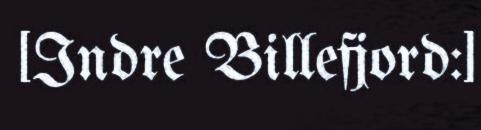
[Indre Billefjord:]